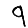
Digit: 9